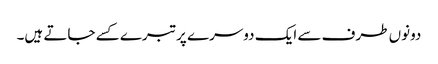
دونوں طرف سے ایک دوسرے پر تبرے کسے جاتے ہیں۔